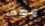
وصف